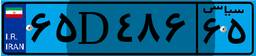
۴۰D۳۷۳۵۲